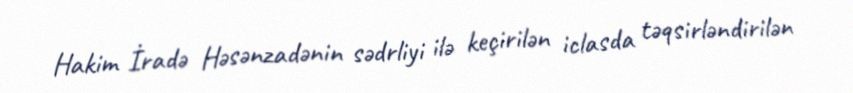
Hakim İradə Həsənzadənin sədrliyi ilə keçirilən iclasda təqsirləndirilən